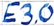
Text: E3.0